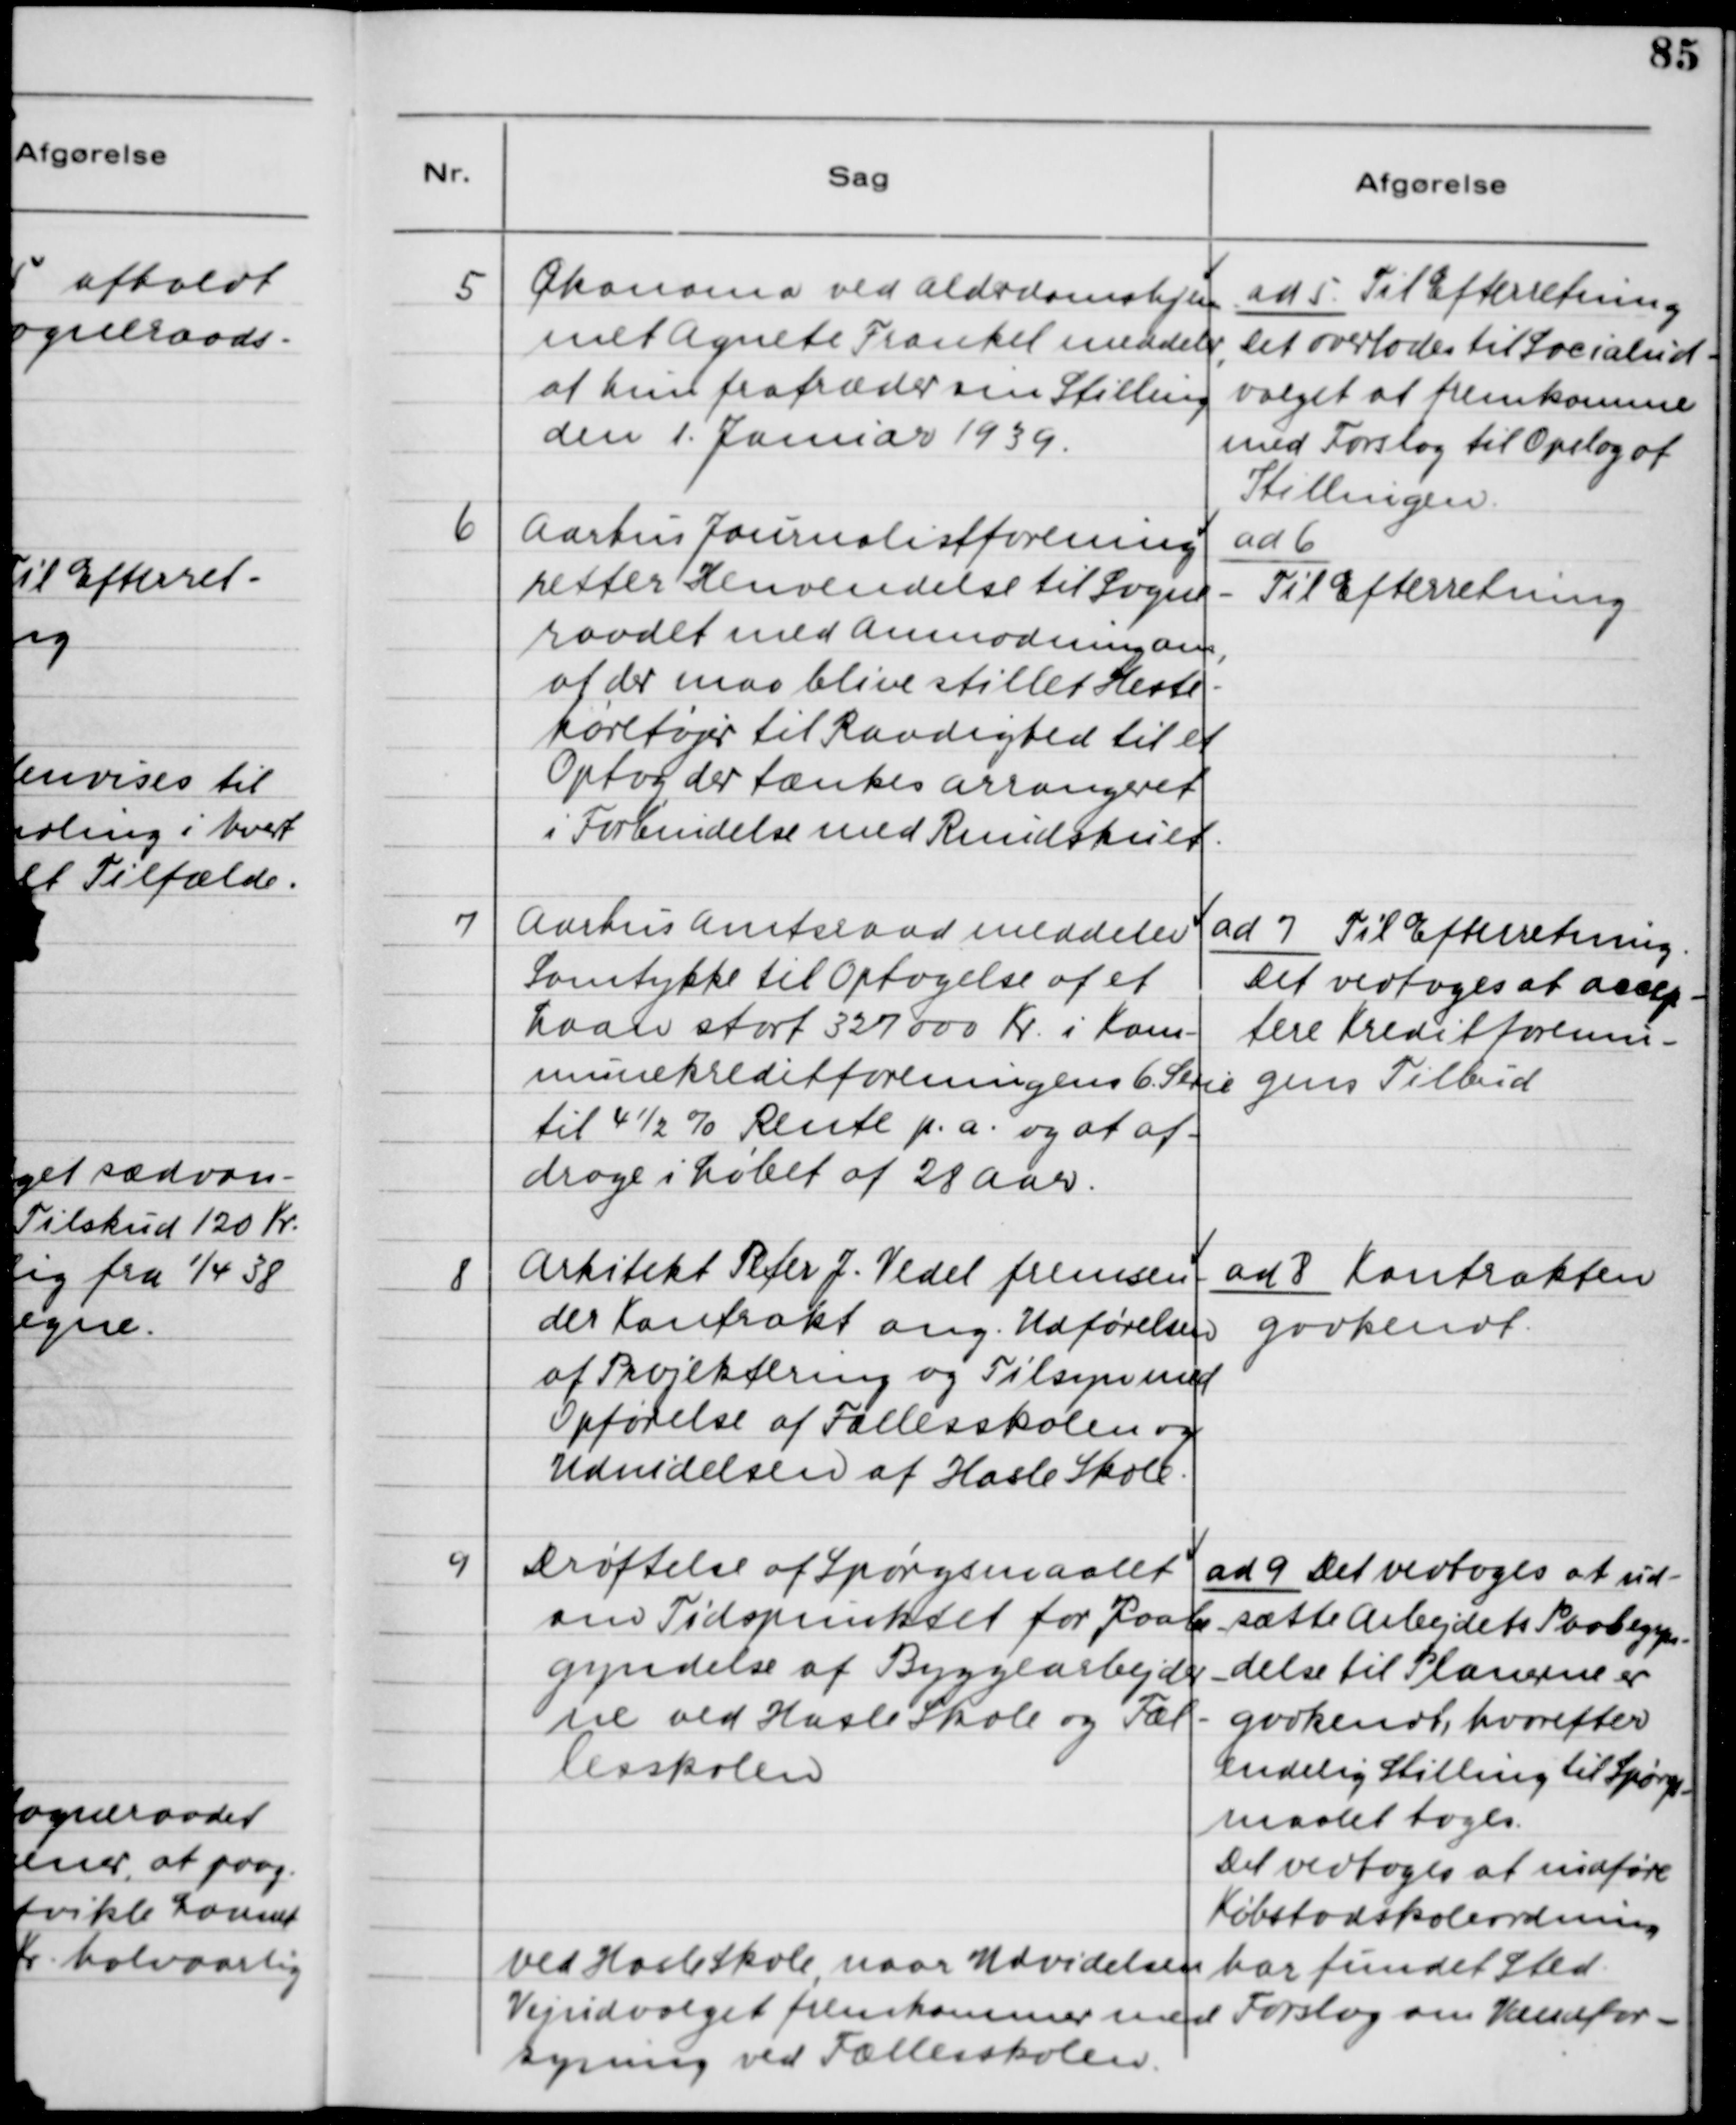
Transskription:
5. Økonoma ved Alderdomshjem-
met Agnete Frankel meddeler,
at hun fratræder sin stilling
den 1. Januar 1939.

ad 5. Til Efterretning.
Det overlades til Socialud-
valget at fremkomme
med Forslag til Opslag af
Stillingen.

6. Aarhus Journalistforening
retter Henvendelse til Sogne-
raadet med Anmodning om,
at der maa blive stillet Heste-
køretøjer til Raadighed til et
Optog der tænkes arrangeret
i Forbindelse med Rundskuet.

ad 6.
Til Efterretning

7. Aarhus Amtsraad meddeler
Samtykke til Optagelse af et
Laan stort 327 000 Kr. i Kom-
munekreditforeningens 6. Serie
til 4 1/2 % Rente p.a. og at af-
drage i Løbet af 28 Aar.

ad 7. Til Efterretning.
Det vedtoges at accep-
tere Kreditforenin-
gens Tilbud.

8. Arkitekt Peter J. Vedel fremsen-
der Kontrakt ang. Udførelse
af Projektering og Tilsyn med
Opførelse af Fællesskolen og
Udvidelsen af Hasle Skole.

ad 8. Kontrakten
godkendt.

9. Drøftelse af Spørgsmaalet
om Tidspunktet for Paabe-
gyndelse af Byggearbejder-
ne ved Hasle Skole og Fæl-
lesskolen.

ad 9. Det vedtoges at ud-
sætte Arbejdets Paabegyn-
delse til Planerne er
godkendt, hvorefter
endelig Stilling til Spørgs-
maalet tages.
Det vedtoges at indføre
Købstadskoleordning
ved Hasle Skole, naar Udvidelsen har fundet Sted.
Vejudvalget fremkommer med Forslag om Vandfor-
syning ved Fællesskolen.